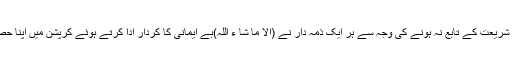
نظام کے شریعت کے تابع نہ ہونے کی وجہ سے ہر ایک ذمہ دار نے (الا ما شا ء اللہ)بے ایمانی کا کردار ادا کرتے ہوئے کرپشن میں اپنا حصہ ادا کیا۔